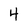
Character: 4